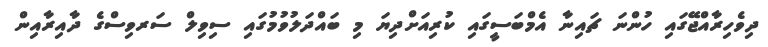
ދިވެހިރާއްޖޭގައި ހުންނަ ޗައިނާ އެމްބަސީގައި ކުރިއަށްދިޔަ މި ބައްދަލުވުމުގައި ސިވިލް ސަރވިސްގެ ދާއިރާއިން